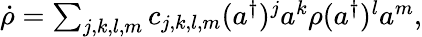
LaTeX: \begin{array}{r}{\dot{\rho}=\sum_{j,k,l,m}c_{j,k,l,m}(a^{\dagger})^{j}a^{k}\rho(a^{\dagger})^{l}a^{m},}\end{array}